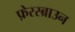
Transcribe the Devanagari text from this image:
फ़ेरस्ब्राउन